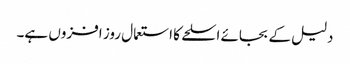
دلیل کے بجائے اسلحے کا استعمال روز افزوں ہے۔